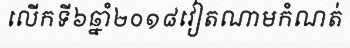
លើកទី៦ឆ្នាំ២០១៨វៀតណាមកំណត់